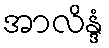
အာလိန္ဒံ